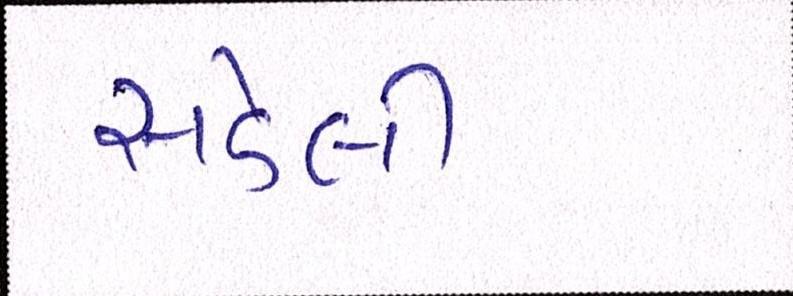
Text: સડેલી